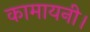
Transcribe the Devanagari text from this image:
कामायनी।